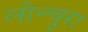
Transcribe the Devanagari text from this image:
लोन्चुरा